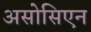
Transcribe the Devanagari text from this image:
असोसिएन